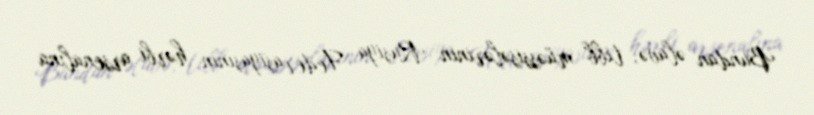
Bundan əlavə, tibb müəssisələrinin Rusiya Federasiyasının hərbi arsenalına